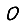
Digit: 0